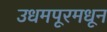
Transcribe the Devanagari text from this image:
उधमपूरमधून